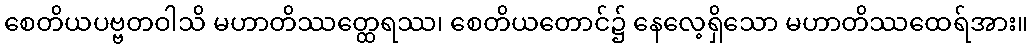
စေတိယပဗ္ဗတဝါသိ မဟာတိဿတ္ထေရဿ၊ စေတိယတောင်၌ နေလေ့ရှိသော မဟာတိဿထေရ်အား။